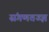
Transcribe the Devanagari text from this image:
संगणतज्ज्ञ